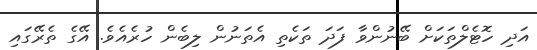
އަދި ހޮޓެލްތަކަށް ބޭނުންވާ ފަދަ ތަކެތި އެތަނުން ލިބެން ހުރެއެވެ. އޭގެ ތެރޭގައި